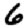
Digit: 6